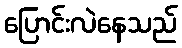
ပြောင်းလဲနေသည်